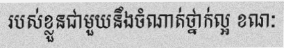
របស់ខ្លួនជាមួយនឹងចំណាត់ថ្នាក់ល្អ ខណៈ